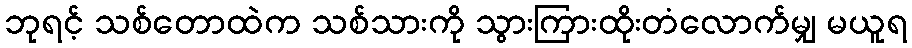
ဘုရင့် သစ်တောထဲက သစ်သားကို သွားကြားထိုးတံလောက်မျှ မယူရ